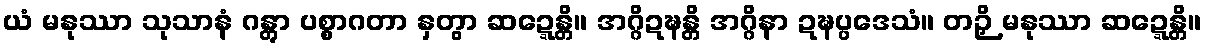
ယံ မနုဿာ သုသာနံ ဂန္တွာ ပစ္စာဂတာ နှတွာ ဆဍ္ဍေန္တိ။ အဂ္ဂိဍဍ္ဎန္တိ အဂ္ဂိနာ ဍဍ္ဎပ္ပဒေသံ။ တဉှိ မနုဿာ ဆဍ္ဍေန္တိ။